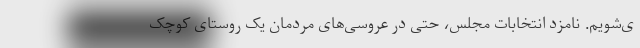
ی‌شویم. نامزد انتخابات مجلس، حتی در عروسی‌های مردمان یک روستای کوچک